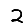
Digit: 2